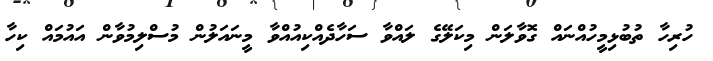
ހުރިހާ ތުބުޅިމީހުއްނައް ގޮވާލަން މިކަލޭގެ ލައްވާ ސަހާދެއްކިއުއްވާ މީނަައަލުން މުސްލިމުވާން އައުމައް ކިހާ